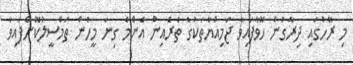
މި ރޭހުގައި ދިރާގުން ހޮވާފައިވާ ޖަމިއްޔާތަކުގެ ތެރެއިން އެންމެ ގިނަ މީހުން ތަމްސީލުކޮށްފައިވާ